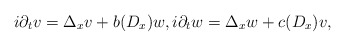
\begin{align*}i\partial_t v =\Delta_x v+b(D_x)w, i\partial_t w =\Delta_x w+c(D_x)v, \end{align*}